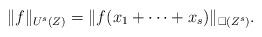
LaTeX: \begin{align*} \|f\|_{U^s(Z)}=\|f(x_1+\cdots+x_s)\|_{\square(Z^s)}.\end{align*}